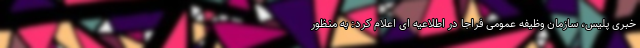
خبری پلیس، سازمان وظیفه عمومی فراجا در اطلاعیه ای اعلام کرد: به منظور